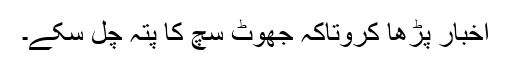
اخبار پڑھا کروتاکہ جھوٹ سچ کا پتہ چل سکے۔